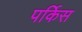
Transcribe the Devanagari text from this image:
पर्किस